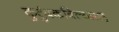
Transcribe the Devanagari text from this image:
कुटुंबकबिल्यासह